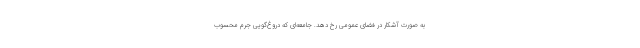
به صورت آشکار در فضای عمومی رخ دهد. جامعه‌ای که دروغ‌گویی جرم محسوب